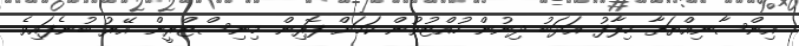
އިންސާނިއްޔަތާ ހިލާފު އަދަބު ދިނުން ހުއްޓުވުން ކަމަށް ފޮރިން މިނިސްޓްރީން އޭރު ބުނެފައިވެ